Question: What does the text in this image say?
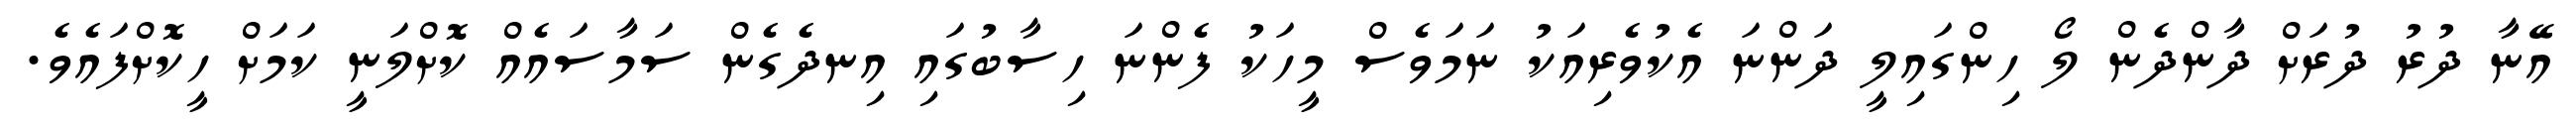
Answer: އޭނާ ދުރު ދުރަށް ދާންދެން ލޯ ހިންގައިލީ ދަންނަ އެކުވެރިއަކު ނަމަވެސް މީހަކު ފެންނަ ހިސާބުގައި އިނދެގެން ސަމާސައެއް ކޮށްލަނީ ކަމަށް ހީކޮށްފައެވެ.